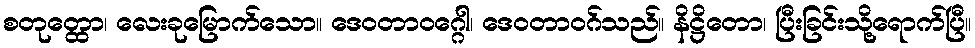
စတုတ္ထော၊ လေးခုမြောက်သော။ ဒေဝတာဝဂ္ဂေါ၊ ဒေဝတာဝဂ်သည်။ နိဋ္ဌိတော၊ ပြီးခြင်းသို့ရောက်ပြီ။